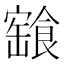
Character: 𩝓